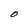
Character: O